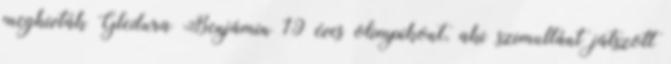
meghívták Gledura Benjámin 19 éves olimpikont, aki szimultánt játszott